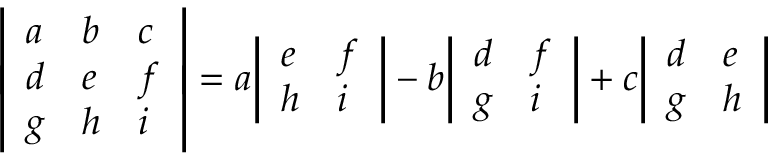
{ \left| \begin{array} { l l l } { a } & { b } & { c } \\ { d } & { e } & { f } \\ { g } & { h } & { i } \end{array} \right| } = a { \left| \begin{array} { l l } { e } & { f } \\ { h } & { i } \end{array} \right| } - b { \left| \begin{array} { l l } { d } & { f } \\ { g } & { i } \end{array} \right| } + c { \left| \begin{array} { l l } { d } & { e } \\ { g } & { h } \end{array} \right| }